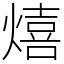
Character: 熺